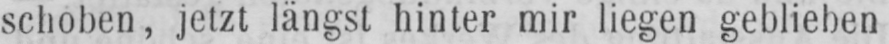
schoben, jetzt längst hinter mir liegen geblieben